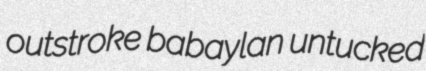
outstroke babaylan untucked